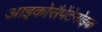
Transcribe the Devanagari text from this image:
आइकोसैपेंटेनोइक